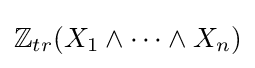
\mathbb {Z} _{tr}(X_{1}\wedge \cdots \wedge X_{n})